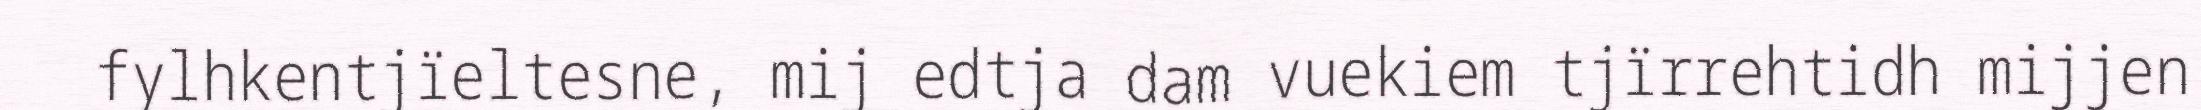
fylhkentjïeltesne, mij edtja dam vuekiem tjïrrehtidh mijjen